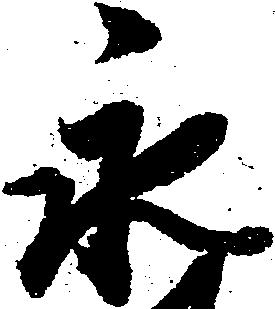
永